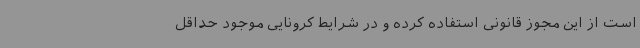
است از این مجوز قانونی استفاده کرده و در شرایط کرونایی موجود حداقل